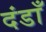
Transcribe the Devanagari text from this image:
दंडाँ